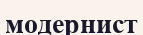
модернист